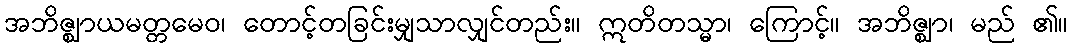
အဘိဇ္ဈာယမတ္တမေဝ၊ တောင့်တခြင်းမျှသာလျှင်တည်း။ ဣတိတသ္မာ၊ ကြောင့်။ အဘိဇ္ဈာ၊ မည် ၏။